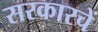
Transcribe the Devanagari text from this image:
सरकारचें